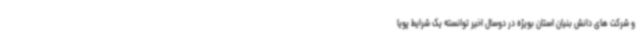
و شرکت های دانش بنیان استان بویژه در دوسال اخیر توانسته یک شرایط پویا